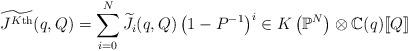
LaTeX: \begin{align*} \widetilde{J^{K\textnormal{th}}}(q,Q) = \sum_{i=0}^N \widetilde{J_i}(q,Q) \left(1-P^{-1} \right)^i \in K \left( \mathbb{P}^N \right) \otimes \mathbb{C}(q) [\![Q]\!] \end{align*}